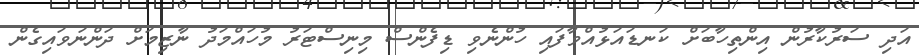
އަދި ސަރުކާރުން އިންތިހާބަށް ކަނޑައަޅުއްވާފައި ހުންނެވި ޑިފެންސް މިނިސްޓަރު މުހައްމަދު ނާޒިމަށް ދަންނަވައިގެން